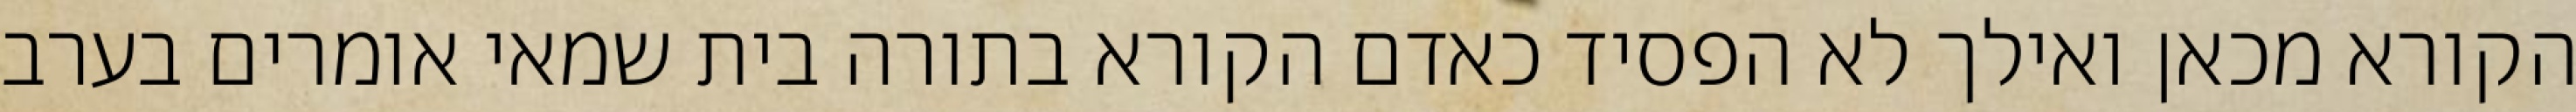
הקורא מכאן ואילך לא הפסיד כאדם הקורא בתורה בית שמאי אומרים בערב